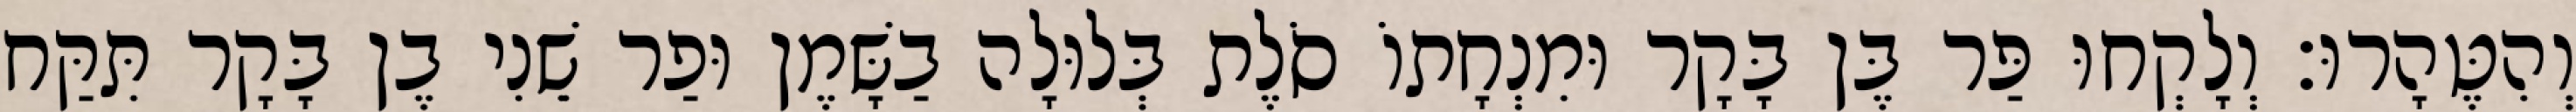
וְהִטֶּהָרוּ׃ וְלָקְחוּ פַּר בֶּן בָּקָר וּמִנְחָתוֹ סֹלֶת בְּלוּלָה בַשָּׁמֶן וּפַר שֵׁנִי בֶן בָּקָר תִּקַּח